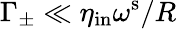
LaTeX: \Gamma_{\pm}\ll\eta_{\mathrm{in}}\omega^{\mathrm{s}}/R